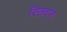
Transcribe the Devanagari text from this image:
स्लिट्स